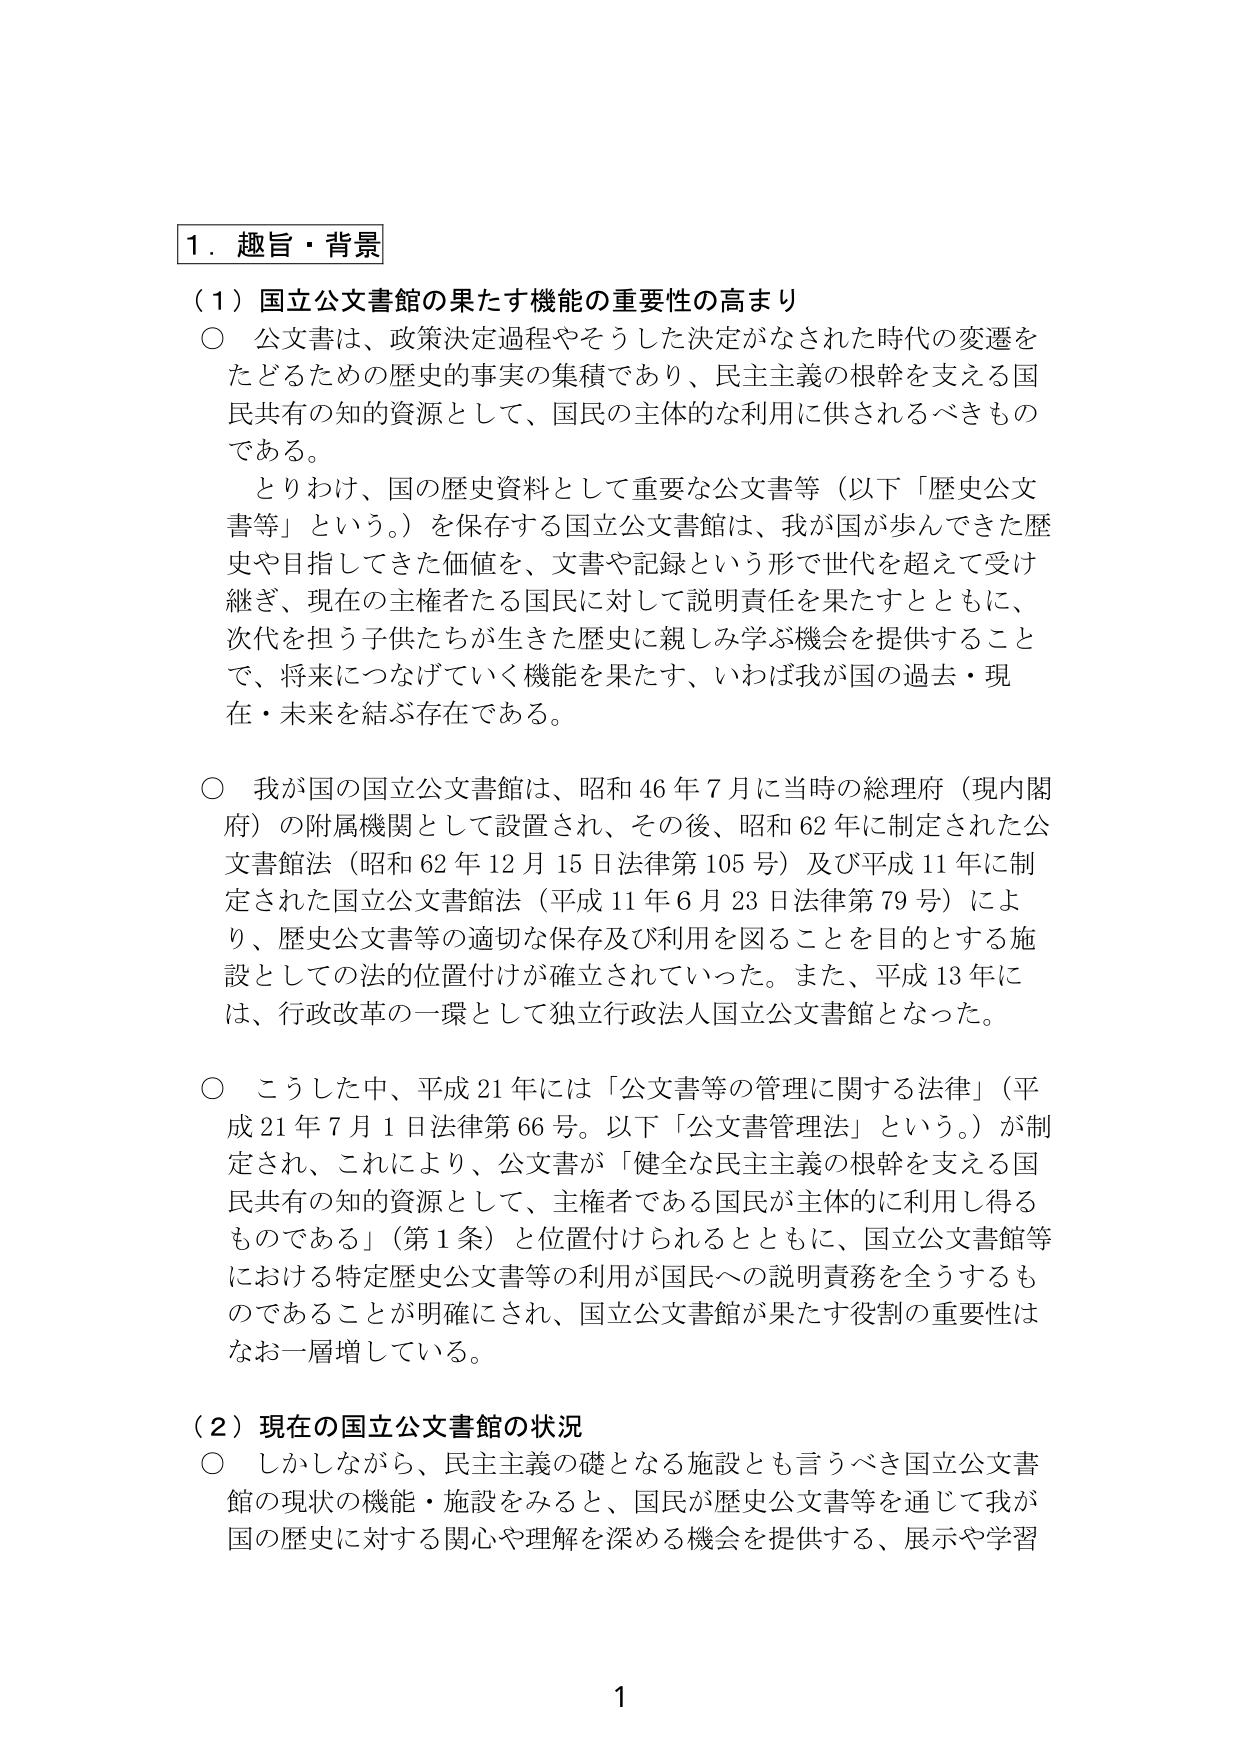
1．趣旨・背景

（1）国立公文書館の果たす機能の重要性の高まり

○ 公文書は、政策決定過程やそうした決定がなされた時代の変遷をたどるための歴史的事実の集積であり、民主主義の根幹を支える国民共有の知的資源として、国民の主体的な利用に供されるべきものである。

　とりわけ、国の歴史資料として重要な公文書等（以下「歴史公文書等」という。）を保存する国立公文書館は、我が国が歩んできた歴史や目指してきた価値を、文書や記録という形で世代を超えて受け継ぎ、現在の主権者たる国民に対して説明責任を果たすとともに、次代を担う子供たちが生きた歴史に親しみ学ぶ機会を提供することで、将来につなげていく機能を果たす、いわば我が国の過去・現在・未来を結ぶ存在である。

○ 我が国の国立公文書館は、昭和46年7月に当時の総理府（現内閣府）の附属機関として設置され、その後、昭和62年に制定された公文書館法（昭和62年12月15日法律第105号）及び平成11年に制定された国立公文書館法（平成11年6月23日法律第79号）により、歴史公文書等の適切な保存及び利用を図ることを目的とする施設としての法的位置付けが確立されていった。また、平成13年には、行政改革の一環として独立行政法人国立公文書館となった。

○ こうした中、平成21年には「公文書等の管理に関する法律」（平成21年7月1日法律第66号。以下「公文書管理法」という。）が制定され、これにより、公文書が「健全な民主主義の根幹を支える国民共有の知的資源として、主権者である国民が主体的に利用し得るものである」（第1条）と位置付けられるとともに、国立公文書館等における特定歴史公文書等の利用が国民への説明責務を全うするものであることが明確にされ、国立公文書館が果たす役割の重要性はなお一層増している。

（2）現在の国立公文書館の状況

○ しかしながら、民主主義の礎となる施設とも言うべき国立公文書館の現状の機能・施設をみると、国民が歴史公文書等を通じて我が国の歴史に対する関心や理解を深める機会を提供する、展示や学習

1